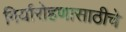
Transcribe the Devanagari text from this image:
गिर्यारोहणासाठीचे